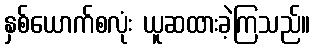
နှစ်ယောက်စလုံး ယူဆထားခဲ့ကြသည်။